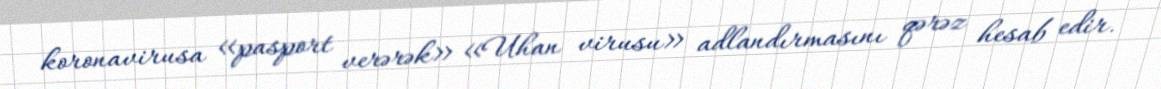
koronavirusa «pasport verərək» «Uhan virusu» adlandırmasını qərəz hesab edir.